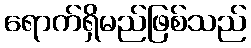
ရောက်ရှိမည်ဖြစ်သည်